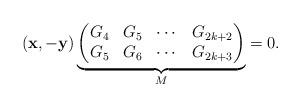
LaTeX: \begin{align*}(\mathbf{x}, -\mathbf{y})\underbrace{\begin{pmatrix}G_{4} & G_{5} & \cdots & G_{2k+2}\\ G_{5} & G_{6} & \cdots & G_{2k+3}\end{pmatrix}}_M =0.\end{align*}